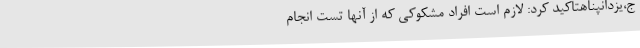
ج،یزدانپناهتاکید کرد: لازم است افراد مشکوکی که از آنها تست انجام